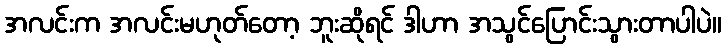
အလင်းက အလင်းမဟုတ်တော့ ဘူးဆိုရင် ဒါဟာ အသွင်ပြောင်းသွားတာပါပဲ။